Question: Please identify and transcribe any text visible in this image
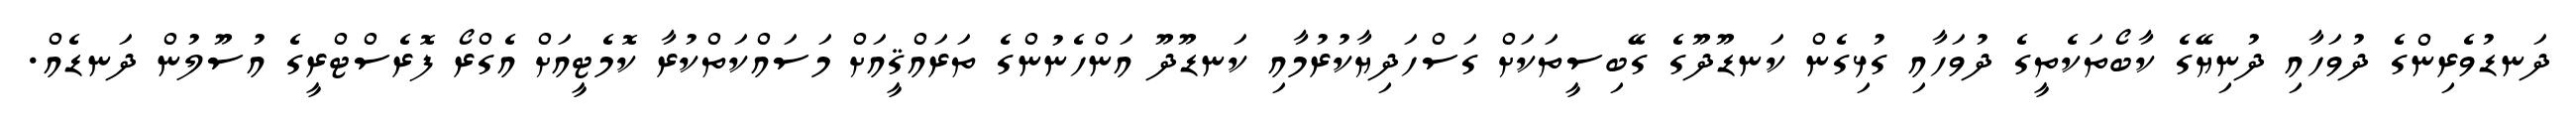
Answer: ދަނޑުވެރިންގެ ދުވަހާއި ދުނިޔޭގެ ކާބޯތަކެތީގެ ދުވަހާއި ގުޅިގެން ކަނޑޫދޫގެ ގޭބިސީތަކަށް ގަސްހަދިޔާކުރުމާއި ކަނޑޫދޫ އަންހެނުންގެ ތަރައްޤީއަށް މަސައްކަތްކުރާ ކޮމެޓީއަށް އެގްރޯ ފޮރެސްޓްރީގެ އުސޫލުން ދަނޑެއް.